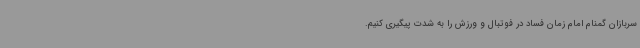
سربازان گمنام امام زمان فساد در فوتبال و ورزش را به شدت پیگیری کنیم.